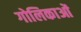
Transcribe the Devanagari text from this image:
गोलिकाओं